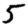
Digit: 5